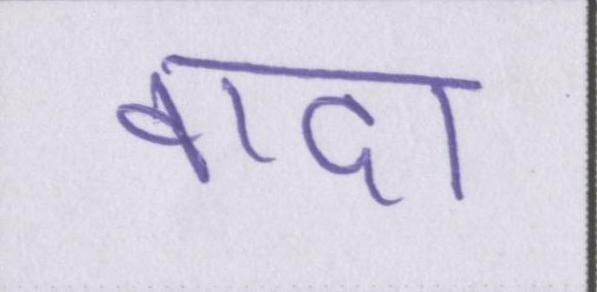
वादा